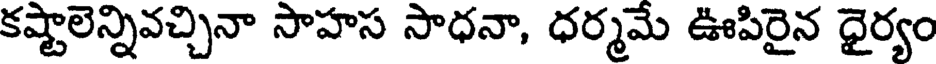
కష్టాలెన్నివచ్చినా సాహస సాధనా, ధర్మమే ఊపిరైన ధైర్యం